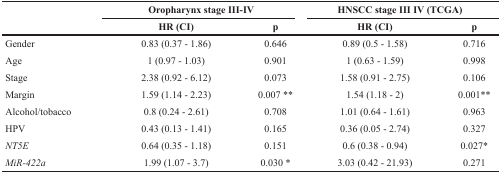
<table><thead><tr><td rowspan="2"></td><td colspan="2"><b>Oropharynx stage III-IV</b></td><td colspan="2"><b>HNSCC stage III IV (TCGA)</b></td></tr><tr><td><b>HR (CI)</b></td><td><b>p</b></td><td><b>HR (CI)</b></td><td><b>p</b></td></tr></thead><tbody><tr><td>Gender</td><td>0.83 (0.37 - 1.86)</td><td>0.646</td><td>0.89 (0.5 - 1.58)</td><td>0.716</td></tr><tr><td>Age</td><td>1 (0.97 - 1.03)</td><td>0.901</td><td>1 (0.63 - 1.59)</td><td>0.998</td></tr><tr><td>Stage</td><td>2.38 (0.92 - 6.12)</td><td>0.073</td><td>1.58 (0.91 - 2.75)</td><td>0.106</td></tr><tr><td>Margin</td><td>1.59 (1.14 - 2.23)</td><td>0.007 **</td><td>1.54 (1.18 - 2)</td><td>0.001**</td></tr><tr><td>Alcohol/tobacco</td><td>0.8 (0.24 - 2.61)</td><td>0.708</td><td>1.01 (0.64 - 1.61)</td><td>0.963</td></tr><tr><td>HPV</td><td>0.43 (0.13 - 1.41)</td><td>0.165</td><td>0.36 (0.05 - 2.74)</td><td>0.327</td></tr><tr><td><i>NT5E</i></td><td>0.64 (0.35 - 1.18)</td><td>0.151</td><td>0.6 (0.38 - 0.94)</td><td>0.027*</td></tr><tr><td><i>MiR-422a</i></td><td>1.99 (1.07 - 3.7)</td><td>0.030 *</td><td>3.03 (0.42 - 21.93)</td><td>0.271</td></tr></tbody></table>